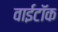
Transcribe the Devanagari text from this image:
वाईटॉक